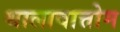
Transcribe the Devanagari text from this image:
थालावात्तोम